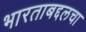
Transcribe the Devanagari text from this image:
भारताबद्दलचा